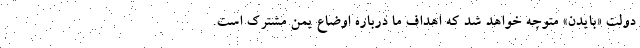
دولت «بایدن» متوجه خواهد شد که اهداف ما درباره اوضاع یمن مشترک است.